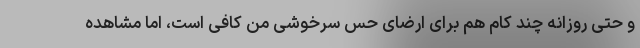
و حتی روزانه چند کام هم برای ارضای حس سرخوشی من کافی است، اما مشاهده